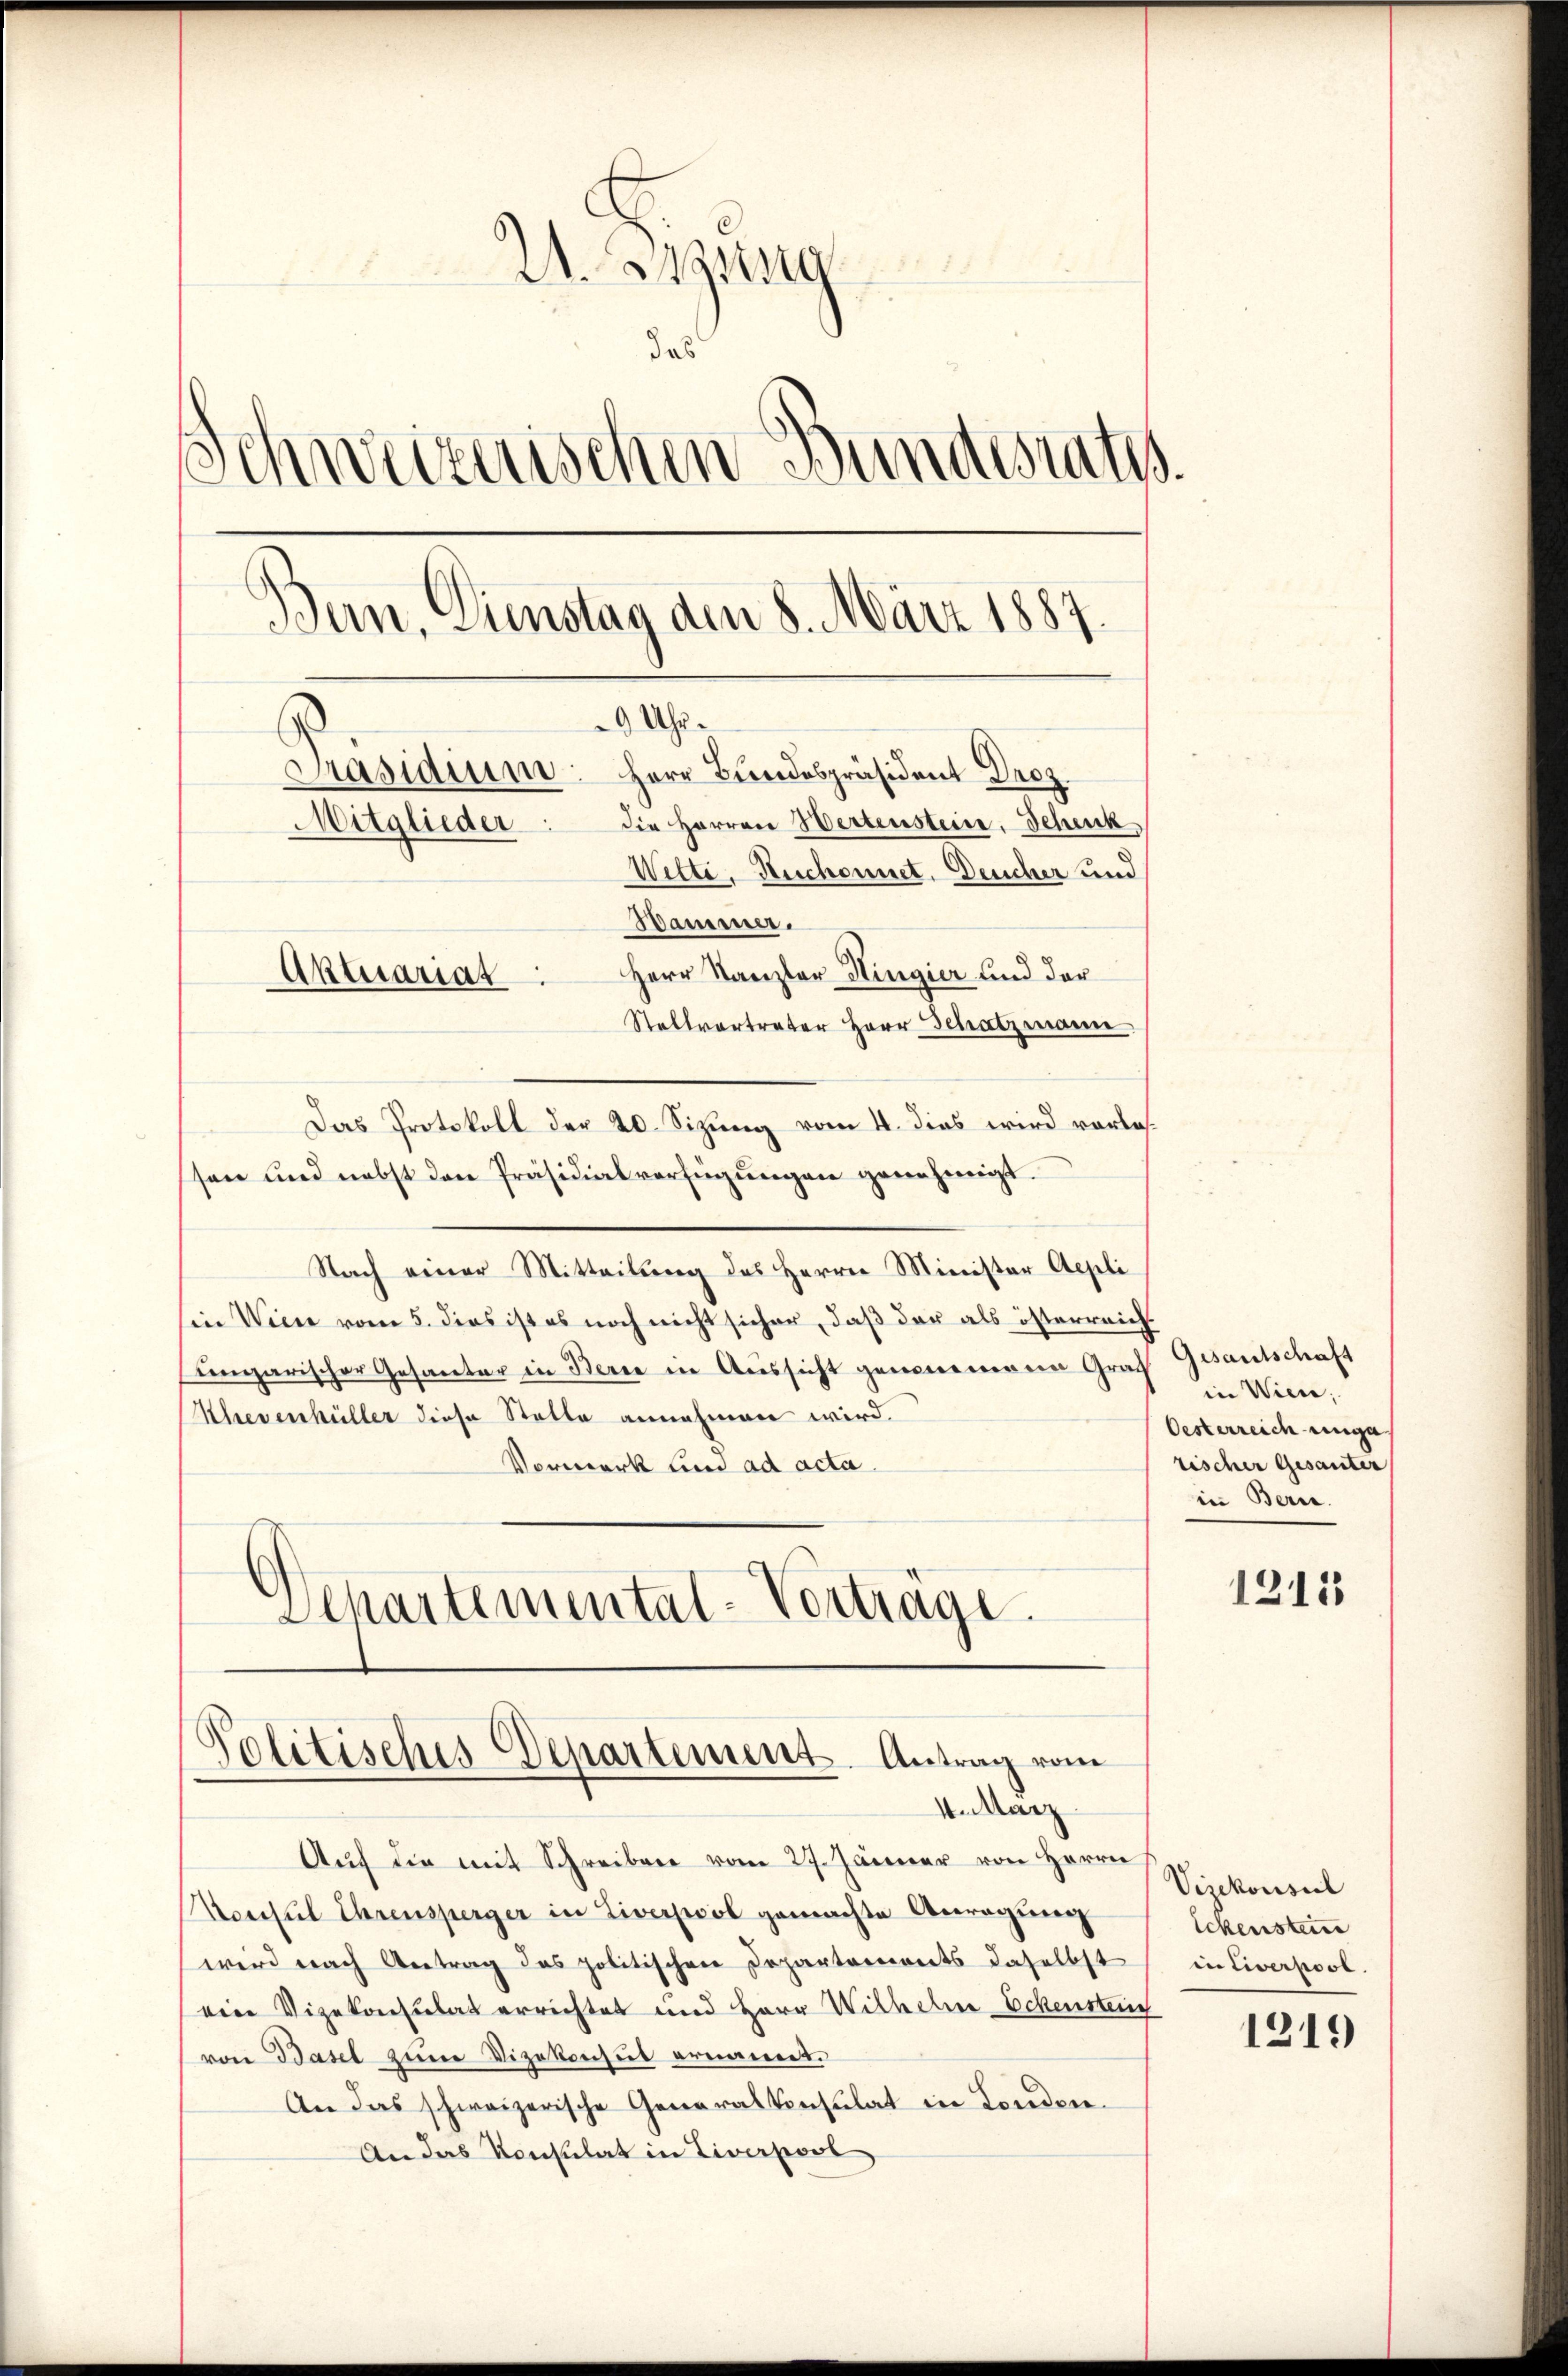
2. Sigris
das
Schweizerischen Bundesrath.
Bern, Dienstag den 8. März 1887.
9 Uhr.
Präsidium
Herr Bundespräsident Droz.
Mitglieder: die Herren Wertenstein. Schenk
Wette, Ruchonnet. Deucher und
Bammer.
Herr Kanzler Hingier und der
Aktuariat
Stellvertreter Herr Schatzmanne

Das Protokoll der 20. Sizung vom 4. dies wird vorles
ssen und nebst den Präsidialverfügŭngen genehmigt.
Nach einer Mitteilung des Herrn Minister Aepli
sin Wein vom 5. dies ist es noch nicht sicher, daß der als österreich
ungarischer Gesanter in Berne in Aussicht genommene Graf Gesantschaft
Klevenhüller diese Statte annehmen wird.
Vormerk und ad acta.
Schartemental-Vortrage

Politisches Departement. Antrag vom
Antanz

Aŭf die mit Schreiben vom 27. Jänner von Herrn
Meecsul Ehrensperger in Liverpool gemachte Anregung
wird nach Antrag das politischen Departements daselbst
ein Vizekonsulat errichtet und Herr Wilhelm Eckensteig
von Basel zum Vizekonsul ernannt.
An das schweizerische Generalkonsulat in London.
An das Konsulat in Liverpool

in Wiene.
Oesterreich einga
rischer Gesanter
in Bern.

1215

Vizekonseil
lckensteue
in tierpost.

1219